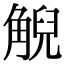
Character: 觬